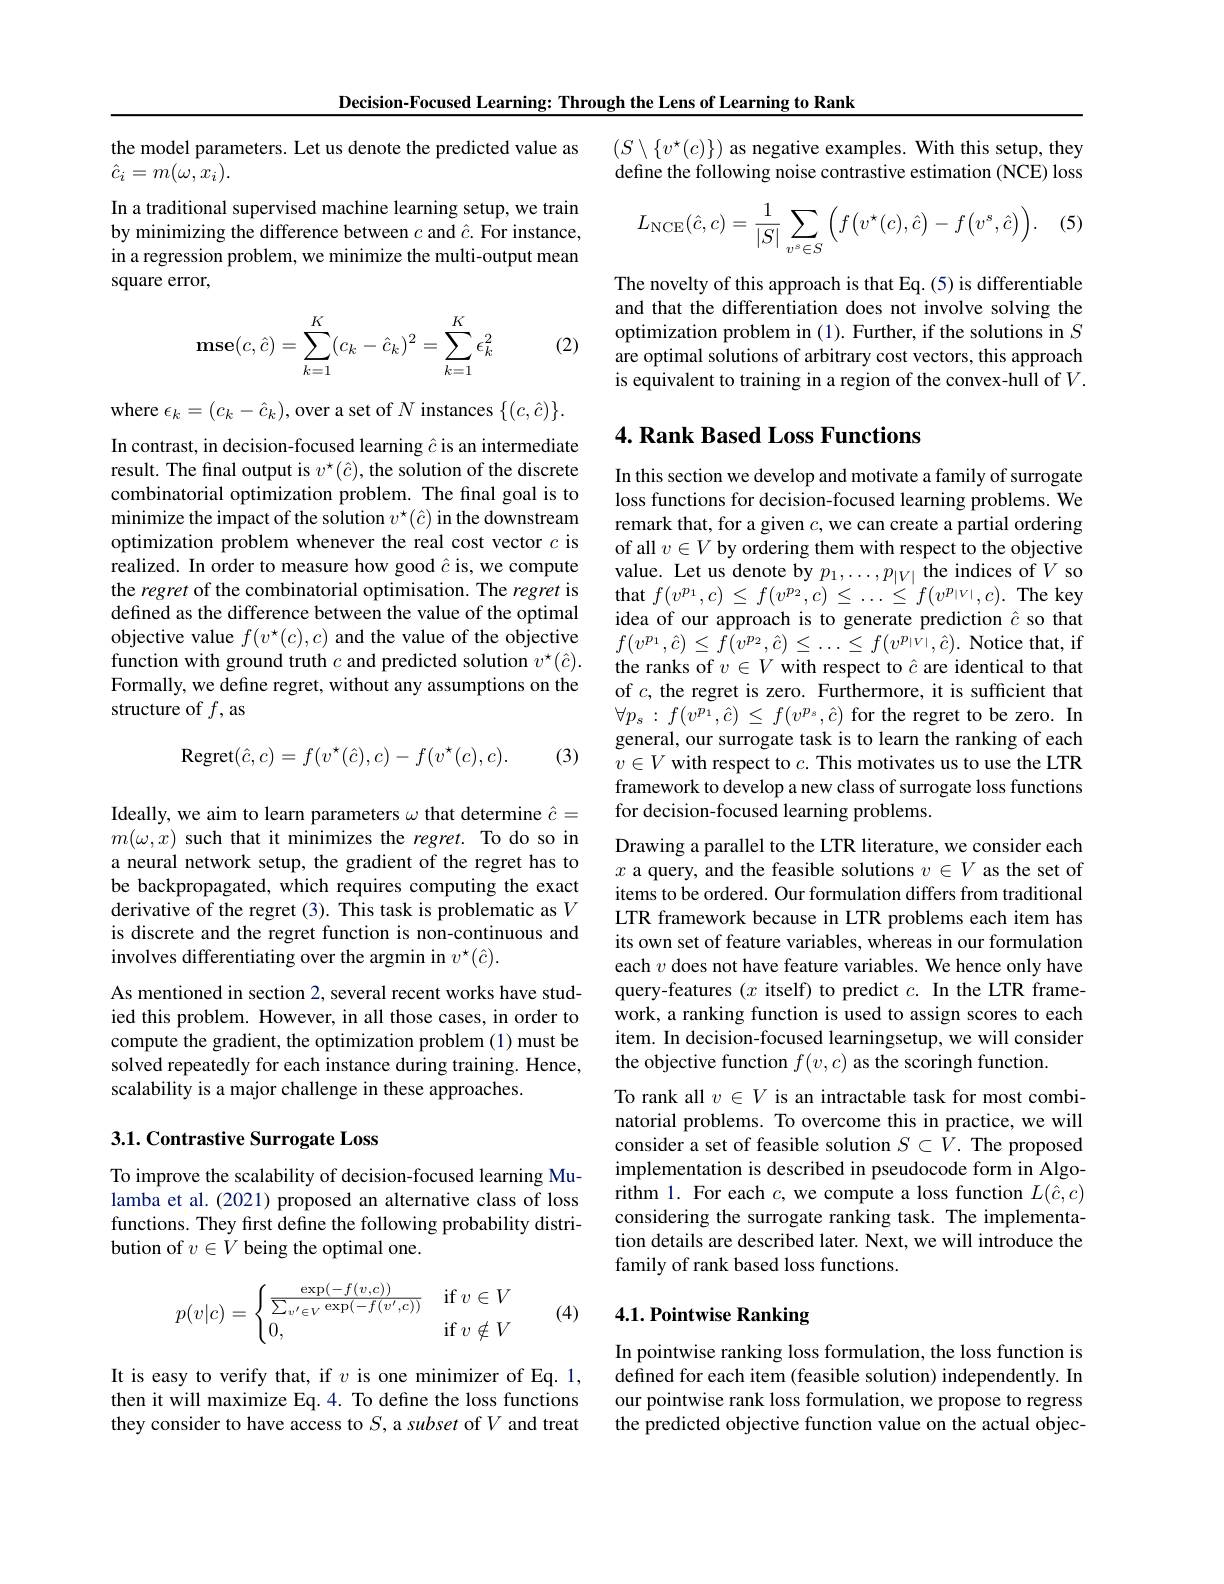
Decision-Focused Learning: Through the Lens of Learning to Rank

the model parameters. Let us denote the predicted value as
$\hat{c}_{i}=m(\omega,x_{i}).$

In a traditional supervised machine learning setup, we train by minimizing the difference between $c$ and $\hat{c}.$ For instance, in a regression problem, we minimize the multi-output mean square error,

(2)
$$\mathbf{mse}(c,\hat{c})=\sum\limits_{k=1}^K(c_k-\hat{c}_k)^2=\sum\limits_{k=1}^K\epsilon_k^2$$
where $\epsilon_k=(c_k-\hat{c}_k)$,over a set of $N$ instances $\{(c,\hat{c})\}.$ In contrast, in decision-focused learning $\hat{c}$ is an intermediate result. The final output is $v^\star(\hat{c})$, the solution of the discrete combinatorial optimization problem. The final goal is to minimize the impact of the solution $v^\star(\hat{c})$ in the downstream optimization problem whenever the real cost vector $c$ is realized. In order to measure how good $\hat{c}$ is, we compute the regret of the combinatorial optimisation. The regret is defined as the difference between the value of the optimal objective value $f(v^{\star}(c),c)$ and the value of the objective function with ground truth $c$ and predicted solution $v^\star(\hat{c}).$ Formally, we define regret, without any assumptions on the structure of $f$,as
$$\mathrm{Regret}(\hat{c},c)=f(v^\star(\hat{c}),c)-f(v^\star(c),c).$$
(3)

Ideally, we aim to learn parameters $\omega$ that determine $\hat{c}=$ $m(\omega,x)$ such that it minimizes the regret. To do so in a neural network setup, the gradient of the regret has to be backpropagated, which requires computing the exact derivative of the regret (3). This task is problematic as $V$ is discrete and the regret function is non-continuous and involves differentiating over the argmin in $v^\star(\hat{c}).$

As mentioned in section 2, several recent works have studied this problem. However, in all those cases, in order to compute the gradient, the optimization problem (1) must be solved repeatedly for each instance during training. Hence, scalability is a major challenge in these approaches.

## 3.1. Contrastive Surrogate Loss

To improve the scalability of decision-focused learning Mulamba et al. (2021) proposed an alternative class of loss functions. They first define the following probability distribution of $v\in V$ being the optimal one.
$$p(v|c)=\begin{cases}\frac{\exp(-f(v,c))}{\sum_{v'\in V}\exp(-f(v',c))}&\text{if}v\in V\\0,&\text{if}v\notin V\end{cases}$$
(4)

It is easy to verify that, if $v$ is one minimizer of Eq. 1, then it will maximize Eq.4. To define the loss functions they consider to have access to $S$, a subset of $V$ and treat

$(S\setminus\{v^{\star}(c)\})$ as negative examples. With this setup, they define the following noise contrastive estimation (NCE) loss

(5)
$$L_{\mathrm{NCE}}(\hat{c},c)=\frac{1}{|S|}\sum_{v^s\in S}\Big(f\big(v^\star(c),\hat{c}\big)-f\big(v^s,\hat{c}\big)\Big).$$
The novelty of this approach is that Eq.(5) is differentiable and that the differentiation does not involve solving the optimization problem in (1). Further, if the solutions in $S$ are optimal solutions of arbitrary cost vectors, this approach is equivalent to training in a region of the convex-hull of $V.$

## 4. Rank Based Loss Functions

In this section we develop and motivate a family of surrogate loss functions for decision-focused learning problems. We remark that, for a given $c$, we can create a partial ordering of all $v\in V$ by ordering them with respect to the objective value. Let us denote by $p_1,\ldots,p_{|V|}$ the indices of $V$ so that $f(v^{p_{1}},c)\leq f(v^{p_{2}},c)\leq\cdots\leq f(v^{p_{|V|}},c).$The key idea of our approach is to generate prediction $\hat{c}$ so that $f(v^{p_{1}},\hat{c})\leq f(v^{p_{2}},\hat{c})\leq\dots\leq f(v^{p_{|V|}},\hat{c}).$Notice that, if the ranks of $v\in V$ with respect to $\hat{c}$ are identical to that of $c$, the regret is zero. Furthermore, it is sufficient that $\forall p_{s}:f(v^{p_{1}},\hat{c})\leq f(v^{p_{s}},\hat{c})$ for the regret to be zero. In general, our surrogate task is to learn the ranking of each $v\in V$ with respect to $c.$ This motivates us to use the LTR framework to develop a new class of surrogate loss functions for decision-focused learning problems.

Drawing a parallel to the LTR literature, we consider each $x$ a query, and the feasible solutions $v\in V$ as the set of items to be ordered. Our formulation differs from traditional LTR framework because in LTR problems each item has its own set of feature variables, whereas in our formulation each $v$ does not have feature variables. We hence only have query-features $(x$ itself) to predict $c.$ In the LTR framework, a ranking function is used to assign scores to each item. In decision-focused learningsetup, we will consider the objective function $f(v,c)$ as the scoringh function.
To rank all $v\in V$ is an intractable task for most combinatorial problems. To overcome this in practice, we will consider a set of feasible solution $S\subset V.$ The proposed implementation is described in pseudocode form in Algorithm 1. For each $c$, we compute a loss function $L(\hat{c},c)$ considering the surrogate ranking task. The implementation details are described later. Next, we will introduce the family of rank based loss functions.

## 4.1. Pointwise Ranking

In pointwise ranking loss formulation, the loss function is defined for each item (feasible solution) independently. In our pointwise rank loss formulation, we propose to regress the predicted objective function value on the actual objec-